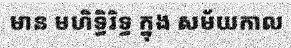
មាន មហិទ្ធិរិទ្ធ ក្នុង សម័យកាល